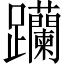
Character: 𨈆